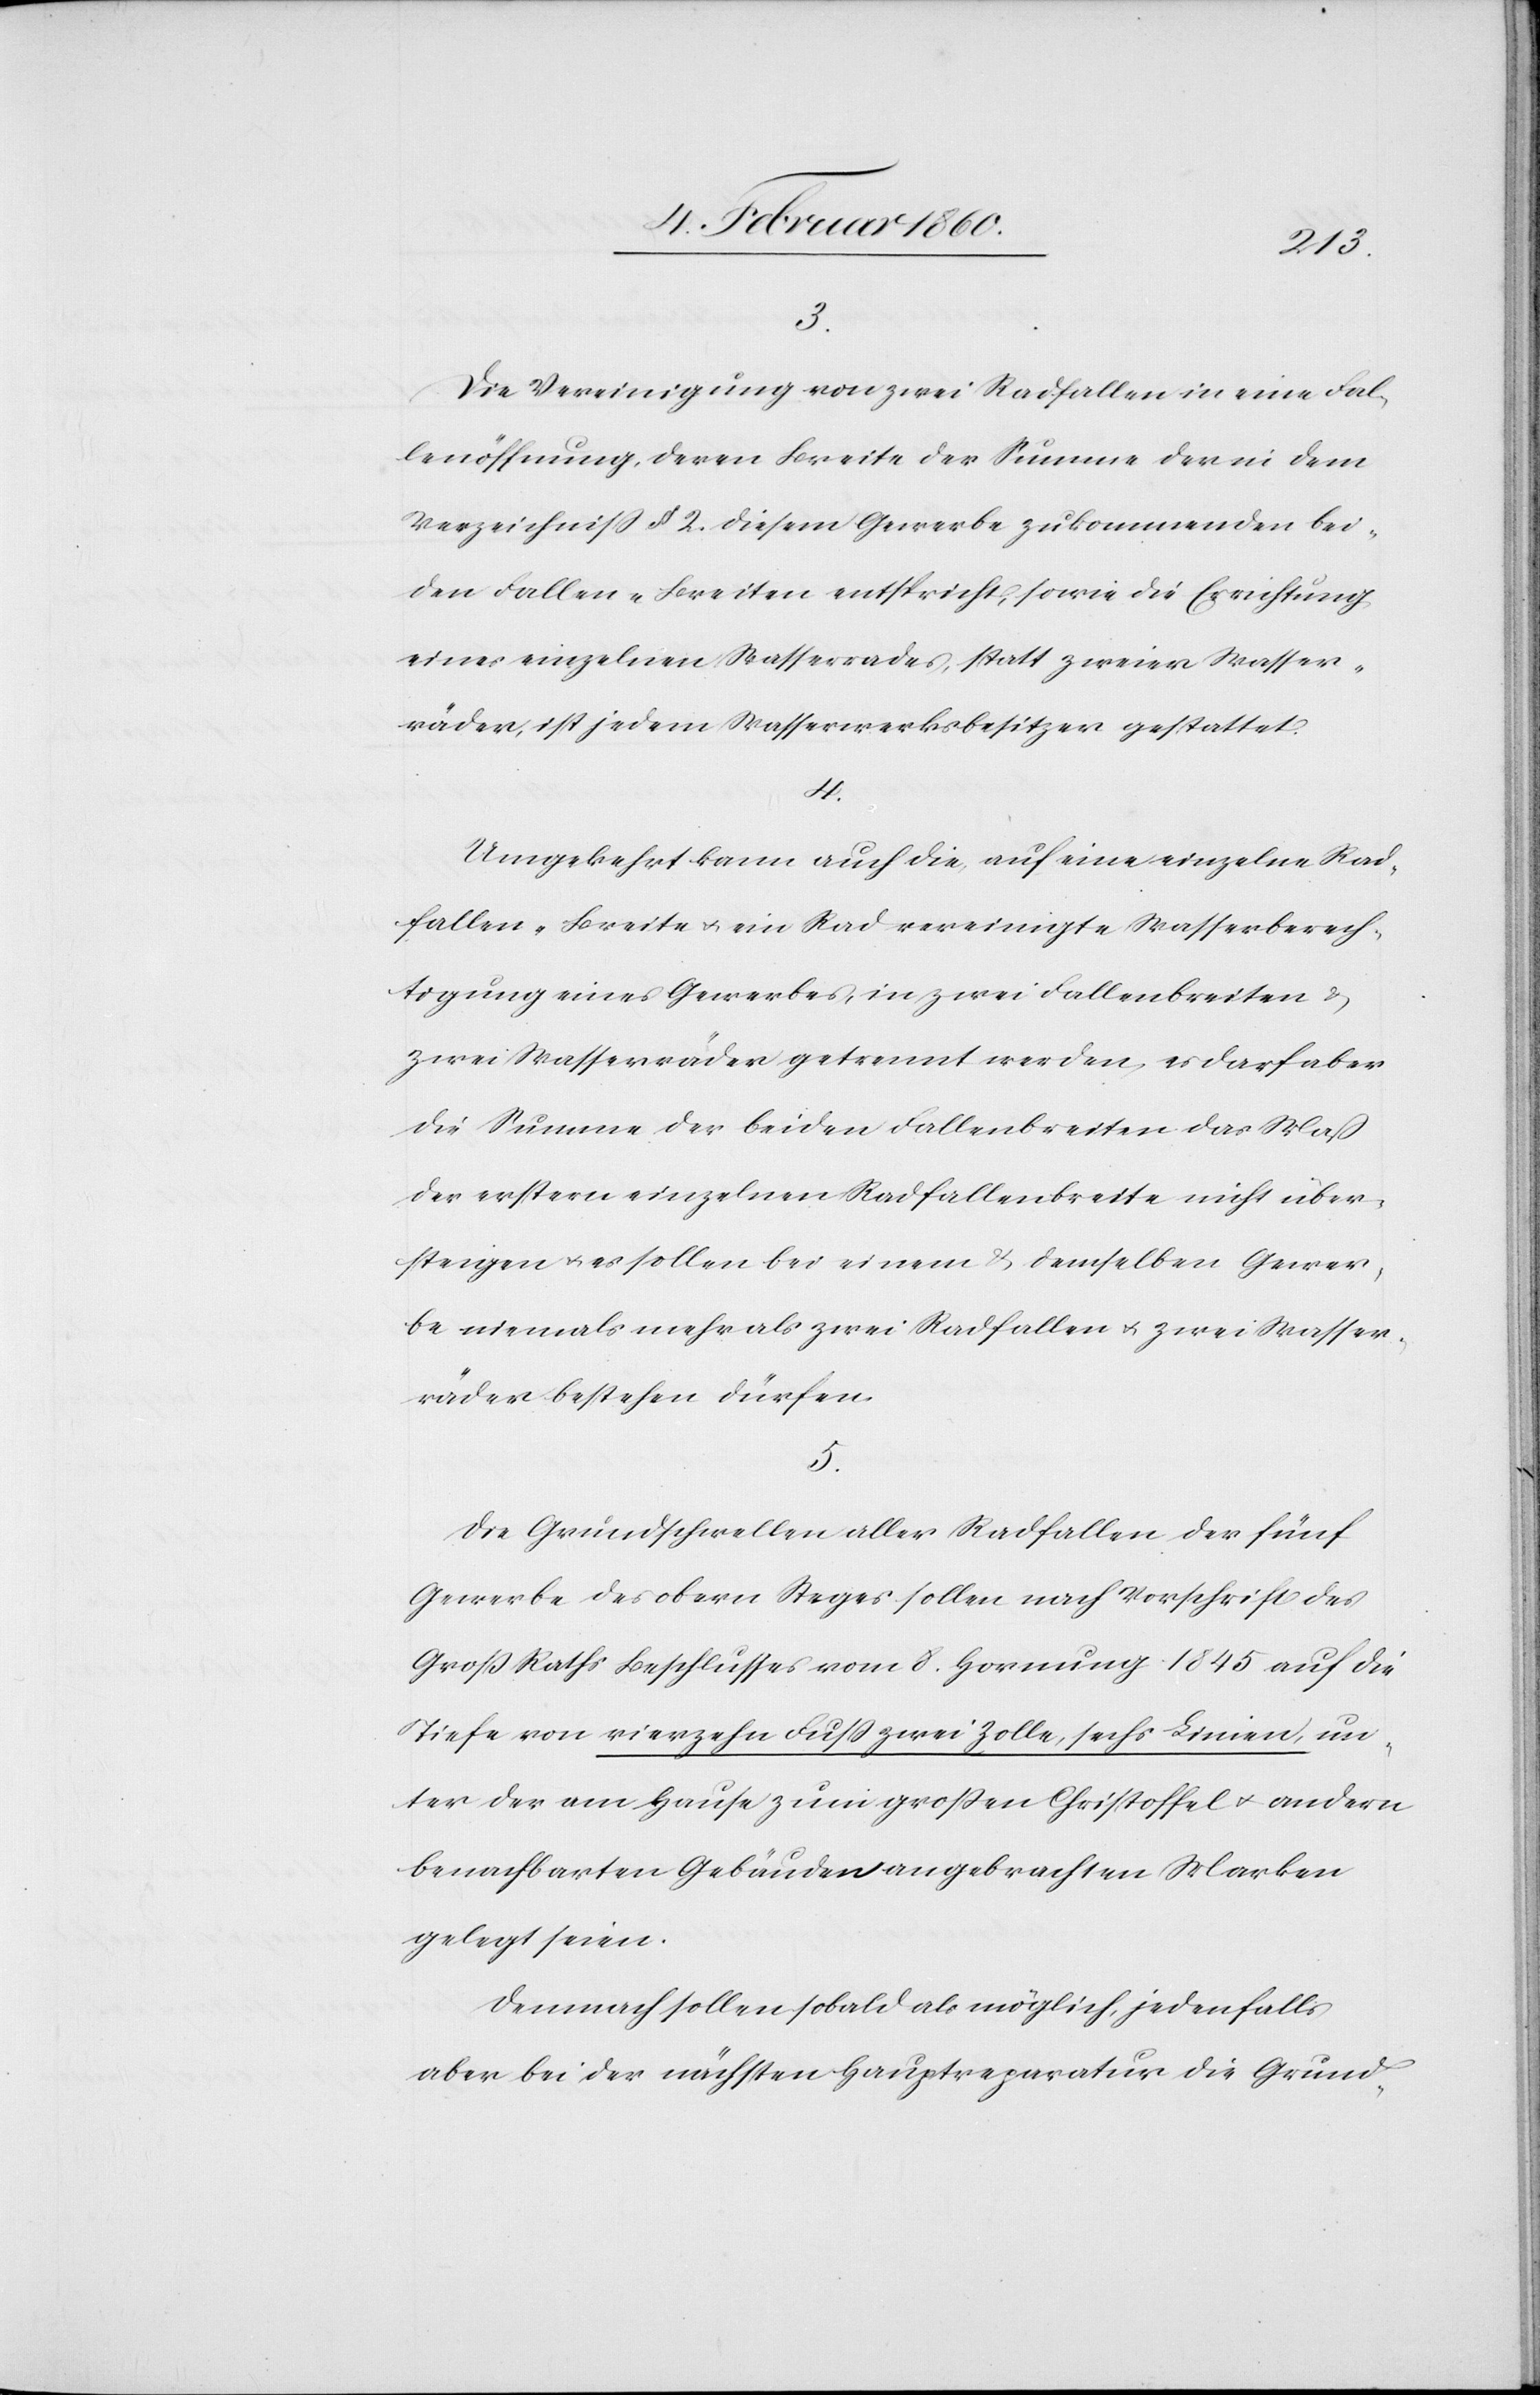
3.
Die Vereinigung von zwei Radfallen in eine Fal¬
lenöffnung, deren Breite der Summe der in dem
Verzeichniss §. 2. diesem Gewerbe zukommenden bei¬
den Fallen-Breiten entspricht, sowie die Errichtung
eines einzelnen Wasserrades, statt zweier Wasser¬
räder, ist jedem Wasserwerksbesitzer gestattet.
4.
Umgekehrt kann auch die auf eine einzelne Rad¬
fallen-Breite u. ein Rad vereinigte Wasserberech¬
tigung eines Gewerbes, in zwei Fallenbreiten u.
zwei Wasserräder getrennt werden, es darf aber
die Summe der beiden Fallenbreiten das Maß
der erstern einzelnen Radfallenbreite nicht über¬
steigen u. es sollen bei einem u. demselben Gewer¬
be niemals mehr als zwei Radfallen u. zwei Wasser¬
räder bestehen dürfen.
5.
Die Grundschwellen aller Radfallen der fünf
Gewerbe des obern Steges sollen nach Vorschrift des
Groß Raths Beschlusses vom 8. Hornung 1845 auf die
Tiefe von vierzehn Fuss zwei Zolle, sechs Linien, un¬
ter der am Hause zum grossen Christoffel u. andern
benachbarten Gebäuden angebrachten Marken
gelegt seien.
Demnach sollen sobald als möglich, jedenfalls
aber bei der nächsten Hauptreparatur die Grund-